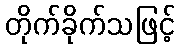
တိုက်ခိုက်သဖြင့်